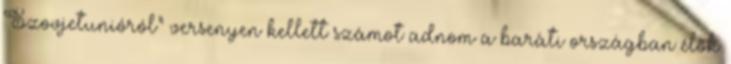
Szovjetunióról" versenyen kellett számot adnom a baráti országban élők